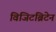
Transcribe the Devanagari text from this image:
विजिटब्रिटेन